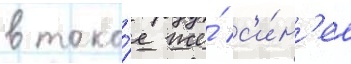
в тако́е же́ с'и́н'ее